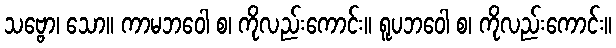
သဗ္ဗော၊ သော။ ကာမဘဝေါ စ၊ ကိုလည်းကောင်း။ ရူပဘဝေါ စ၊ ကိုလည်းကောင်း။